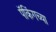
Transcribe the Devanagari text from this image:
पॅकिंगच्या